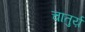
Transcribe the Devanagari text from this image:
चातुर्य़